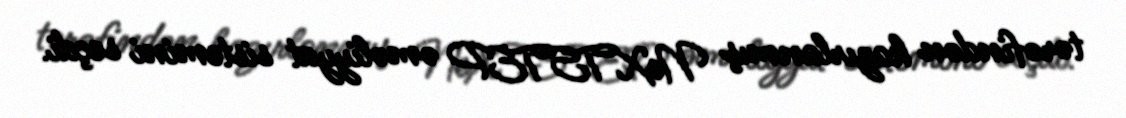
tərəfindən hazırlanmış NeXTSTEP əməliyyat sistemini seçdi.